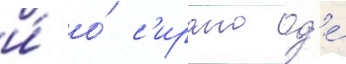
и́ о́ с'ирано д'е́